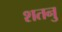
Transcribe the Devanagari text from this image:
शतनु